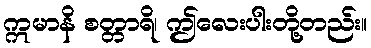
ဣမာနိ စတ္တာရိ၊ ဤလေးပါးတို့တည်း။